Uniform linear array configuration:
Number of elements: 32
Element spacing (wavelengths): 0.5
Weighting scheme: binomial
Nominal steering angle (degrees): -30
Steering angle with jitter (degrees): -31.627
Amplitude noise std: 0.05
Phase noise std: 0.05

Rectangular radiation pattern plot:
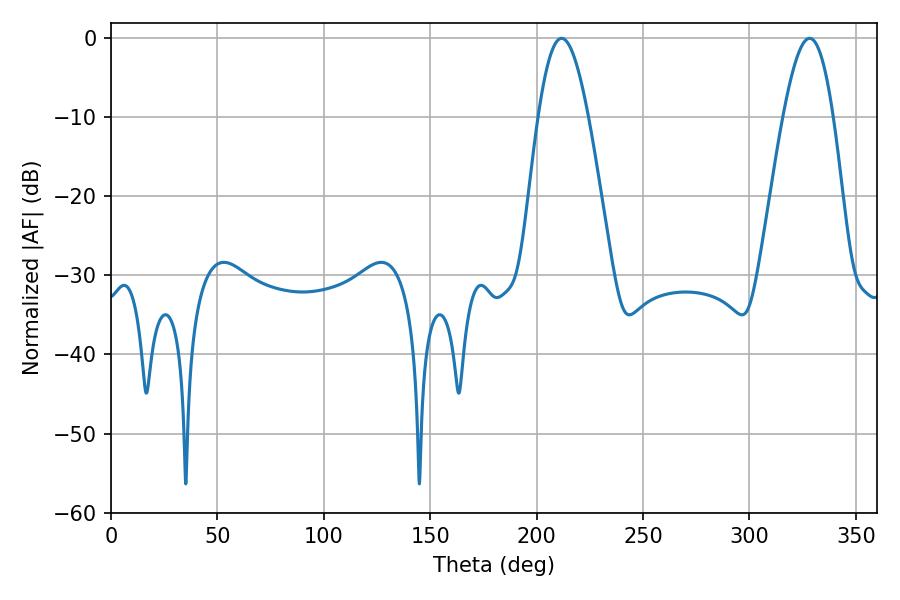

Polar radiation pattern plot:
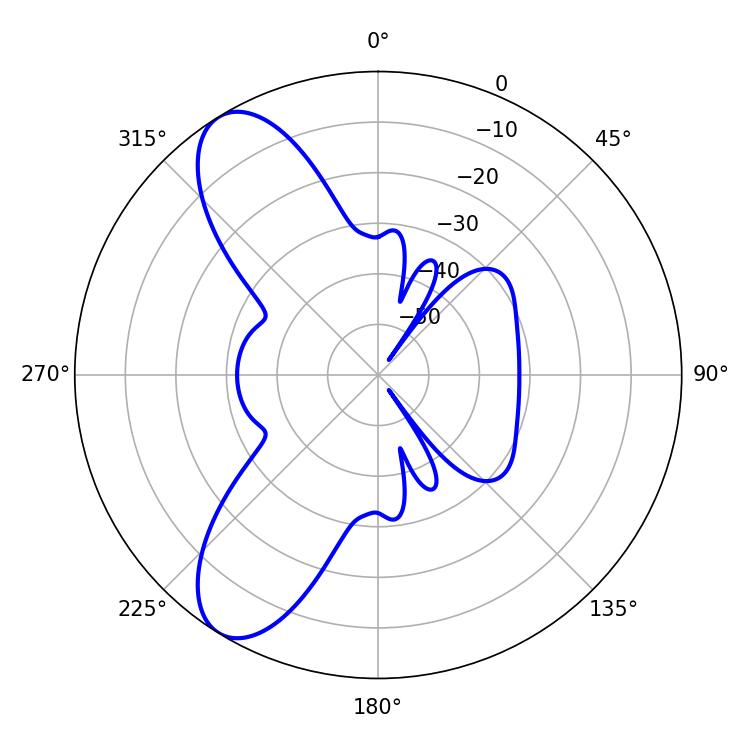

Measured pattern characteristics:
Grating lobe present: FALSE
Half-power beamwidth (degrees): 12.78
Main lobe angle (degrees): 328.32